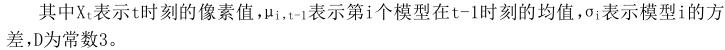
其中$X_t$表示$t$时刻的像素值，$\mu_{i,t - 1}$表示第$i$个模型在$t - 1$时刻的均值，$\sigma_i$表示模型$i$的方差，$D$为常数$3$。